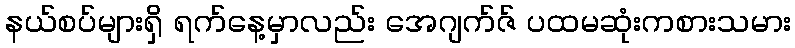
နယ်စပ်များရှိ ရက်နေ့မှာလည်း အေဂျက်ဇ် ပထမဆုံးကစားသမား